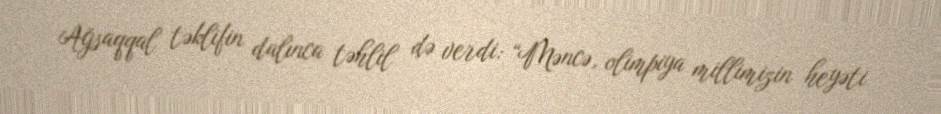
Ağsaqqal təklifin dalınca təhlil də verdi: “Məncə, olimpiya millimizin heyəti